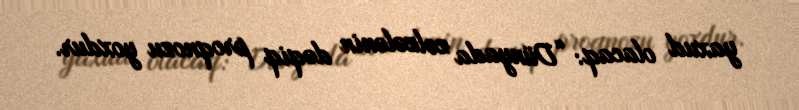
yaxud olacaq: “Dünyada zəlzələnin dəqiq proqnozu yoxdur.